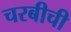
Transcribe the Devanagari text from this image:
चरबीची